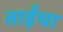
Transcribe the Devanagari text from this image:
ताईंचा